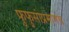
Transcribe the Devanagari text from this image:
फुफुसांप्रमाणेच